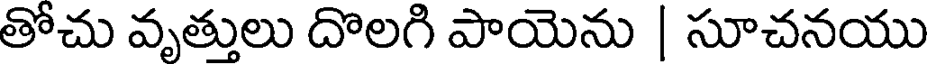
తోచు వృత్తులు దొలగి పాయెను | సూచనయు